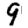
Digit: 9